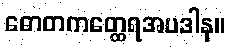
ဓောတကတ္ထေရအပဒါန။